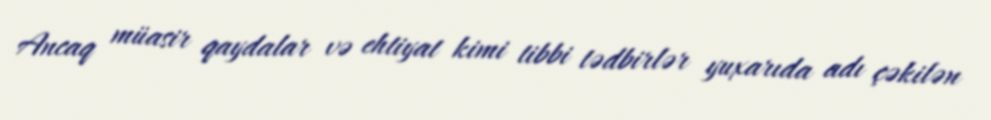
Ancaq müasir qaydalar və ehtiyat kimi tibbi tədbirlər yuxarıda adı çəkilən